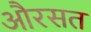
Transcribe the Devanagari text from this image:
औरसत